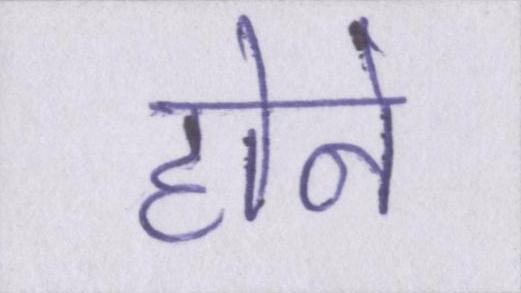
होने